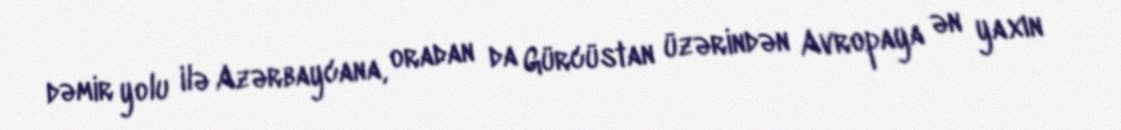
dəmir yolu ilə Azərbaycana, oradan da Gürcüstan üzərindən Avropaya ən yaxın